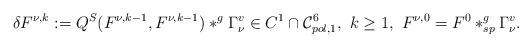
LaTeX: \begin{align*}\delta F^{\nu,k}:=Q^S(F^{\nu,k-1},F^{\nu,k-1})\ast^g \Gamma^v_{\nu}\in C^1\cap {\cal C}^{6}_{pol,1},~k\geq 1,~ F^{\nu,0}=F^0\ast^g_{sp}\Gamma^v_{\nu}.\end{align*}